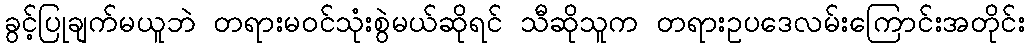
ခွင့်ပြုချက်မယူဘဲ တရားမဝင်သုံးစွဲမယ်ဆိုရင် သီဆိုသူက တရားဥပဒေလမ်းကြောင်းအတိုင်း